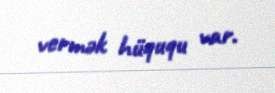
vermək hüququ var.